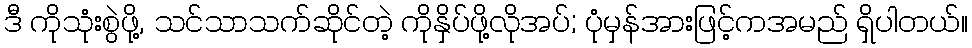
ဒီ ကိုသုံးစွဲဖို့, သင်သာသက်ဆိုင်တဲ့ ကိုနှိပ်ဖို့လိုအပ်; ပုံမှန်အားဖြင့်ကအမည် ရှိပါတယ်။